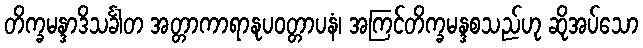
တိက္ခမန္ဒာဒိသင်္ခါတ အတ္တာကာရာနုပဝတ္တာပနံ၊ အကြင်တိက္ခမန္ဒစသည်ဟု ဆိုအပ်သော